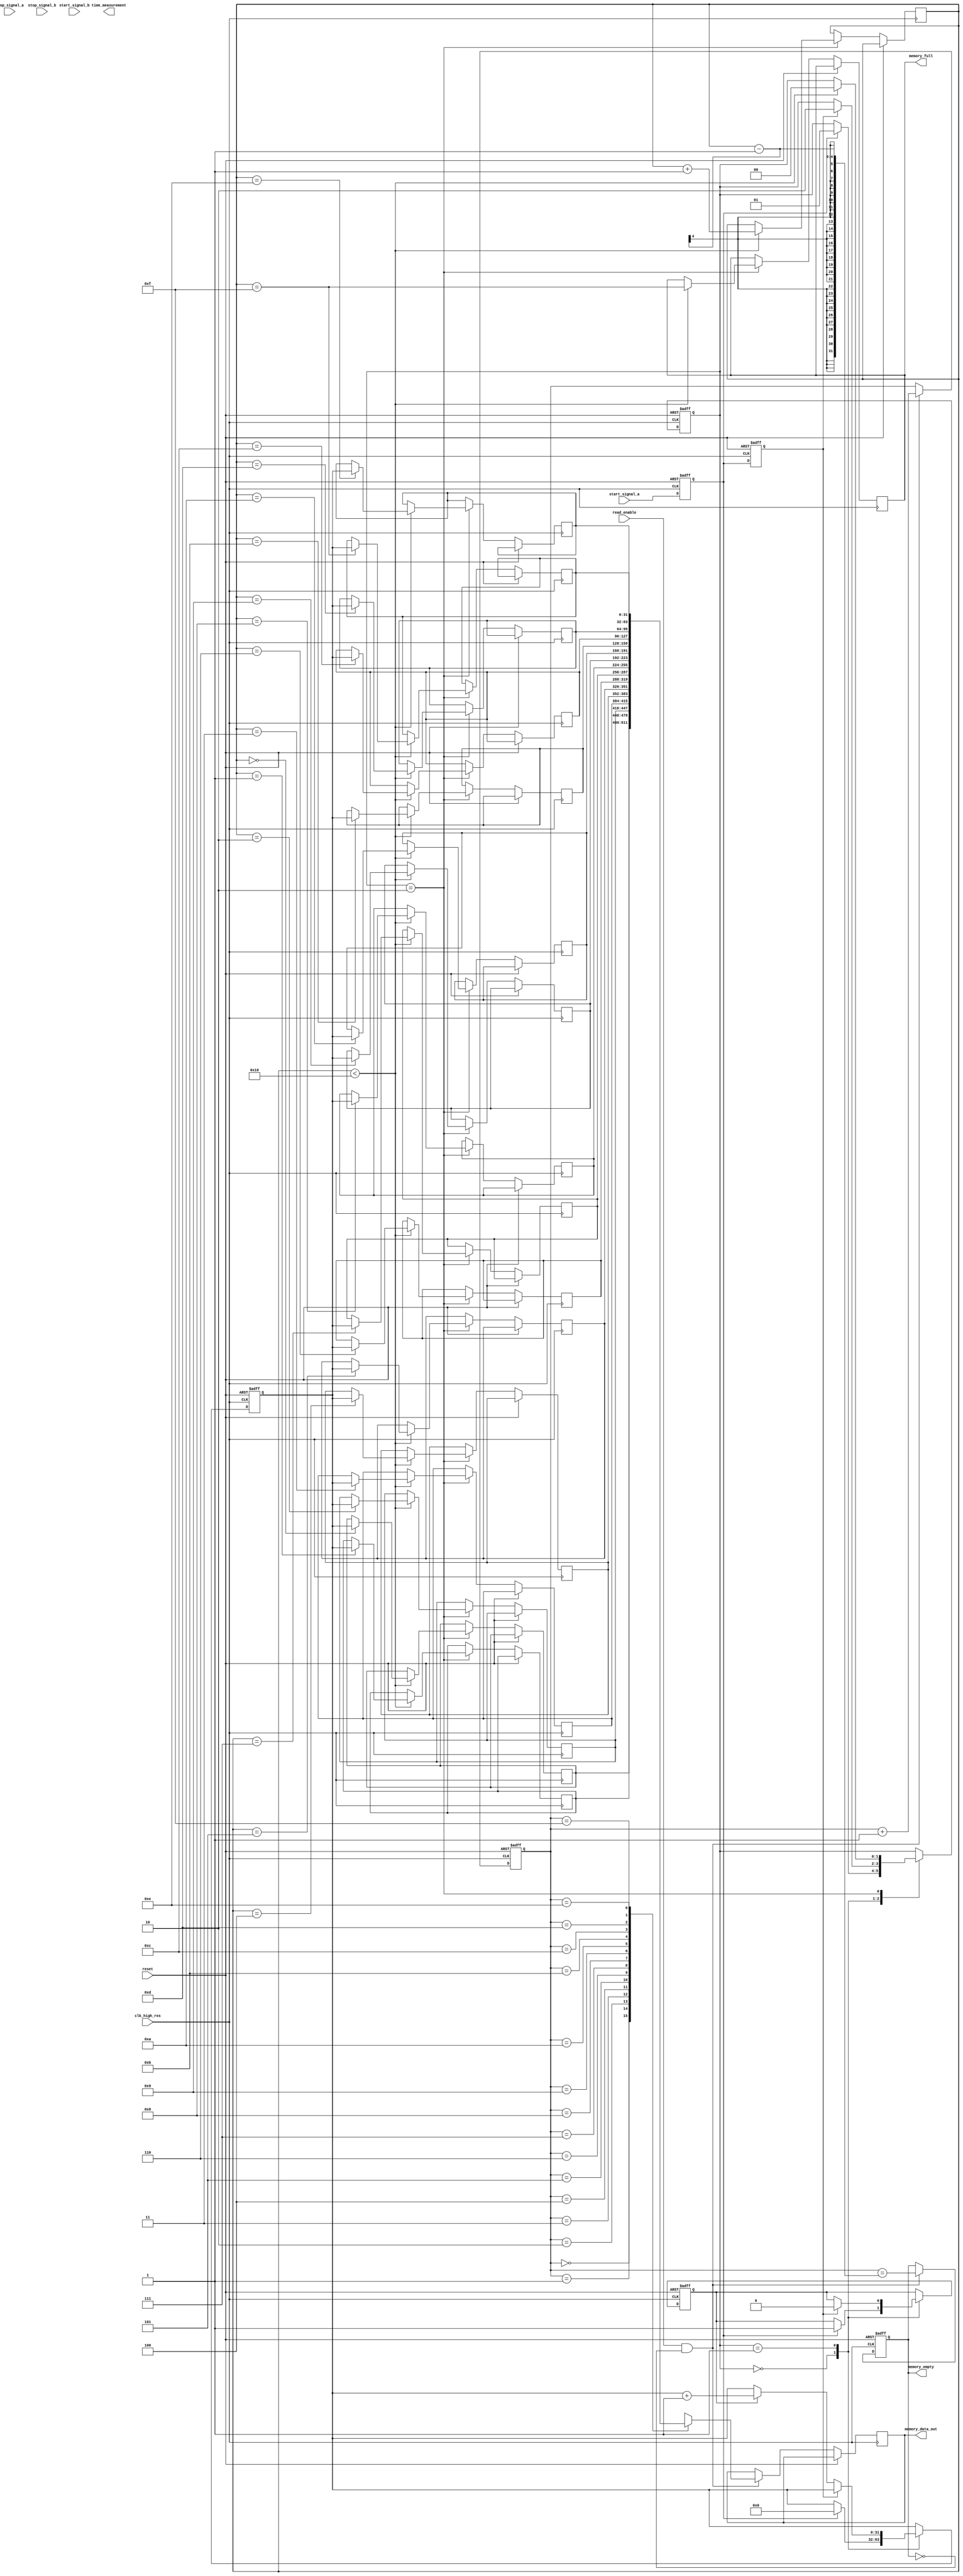
module multi_domain_tdc (
    input wire clk_high_res,           // High-resolution clock
    input wire start_signal_a,         // Start signal from domain A
    input wire stop_signal_a,          // Stop signal from domain A
    input wire start_signal_b,         // Start signal from domain B
    input wire stop_signal_b,          // Stop signal from domain B
    input wire reset,                  // Asynchronous reset
    input wire read_enable,            // Enable for reading from memory
    output reg [31:0] time_measurement, // Time measurement output
    output reg [31:0] memory_data_out, // Data output from memory
    output reg memory_full,            // Memory full flag
    output reg memory_empty             // Memory empty flag
);

    // Parameters
    parameter MEMORY_SIZE = 16;        // Size of the memory
    parameter TIME_RESOLUTION = 32;    // Time resolution in bits

    // Internal signals
    reg [TIME_RESOLUTION-1:0] time_counter; // Time counter
    reg [TIME_RESOLUTION-1:0] memory [0:MEMORY_SIZE-1]; // Memory array
    reg [3:0] write_pointer;            // Write pointer for memory
    reg [3:0] read_pointer;             // Read pointer for memory
    reg measuring;                      // Measuring state
    reg [1:0] state;                   // State machine

    // State encoding
    localparam IDLE = 2'b00;
    localparam MEASURING = 2'b01;
    localparam STORING = 2'b10;

    // Synchronization logic (simplified)
    reg start_sync_a, stop_sync_a;
    reg start_sync_b, stop_sync_b;

    always @(posedge clk_high_res or posedge reset) begin
        if (reset) begin
            start_sync_a <= 1'b0;
            stop_sync_a <= 1'b0;
            start_sync_b <= 1'b0;
            stop_sync_b <= 1'b0;
        end else begin
            start_sync_a <= start_signal_a;
            stop_sync_a <= start_sync_a;
            start_sync_b <= start_signal_b;
            stop_sync_b <= start_sync_b;
        end
    end

    // Time measurement unit
    always @(posedge clk_high_res or posedge reset) begin
        if (reset) begin
            time_counter <= 0;
            measuring <= 1'b0;
            state <= IDLE;
        end else begin
            case (state)
                IDLE: begin
                    if (start_sync_a) begin
                        measuring <= 1'b1;
                        time_counter <= 0;
                        state <= MEASURING;
                    end
                end
                MEASURING: begin
                    if (stop_sync_a) begin
                        measuring <= 1'b0;
                        state <= STORING;
                    end else if (measuring) begin
                        time_counter <= time_counter + 1;
                    end
                end
                STORING: begin
                    if (write_pointer < MEMORY_SIZE) begin
                        memory[write_pointer] <= time_counter;
                        write_pointer <= write_pointer + 1;
                        memory_full <= (write_pointer == MEMORY_SIZE - 1);
                        state <= IDLE;
                    end
                end
            endcase
        end
    end

    // Output interface and read logic
    always @(posedge clk_high_res or posedge reset) begin
        if (reset) begin
            read_pointer <= 0;
            memory_empty <= 1'b1;
        end else if (read_enable && !memory_empty) begin
            memory_data_out <= memory[read_pointer];
            read_pointer <= read_pointer + 1;
            memory_empty <= (read_pointer == write_pointer - 1);
        end
    end

endmodule